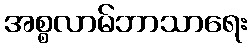
အစ္စလာမ်ဘာသာရေး